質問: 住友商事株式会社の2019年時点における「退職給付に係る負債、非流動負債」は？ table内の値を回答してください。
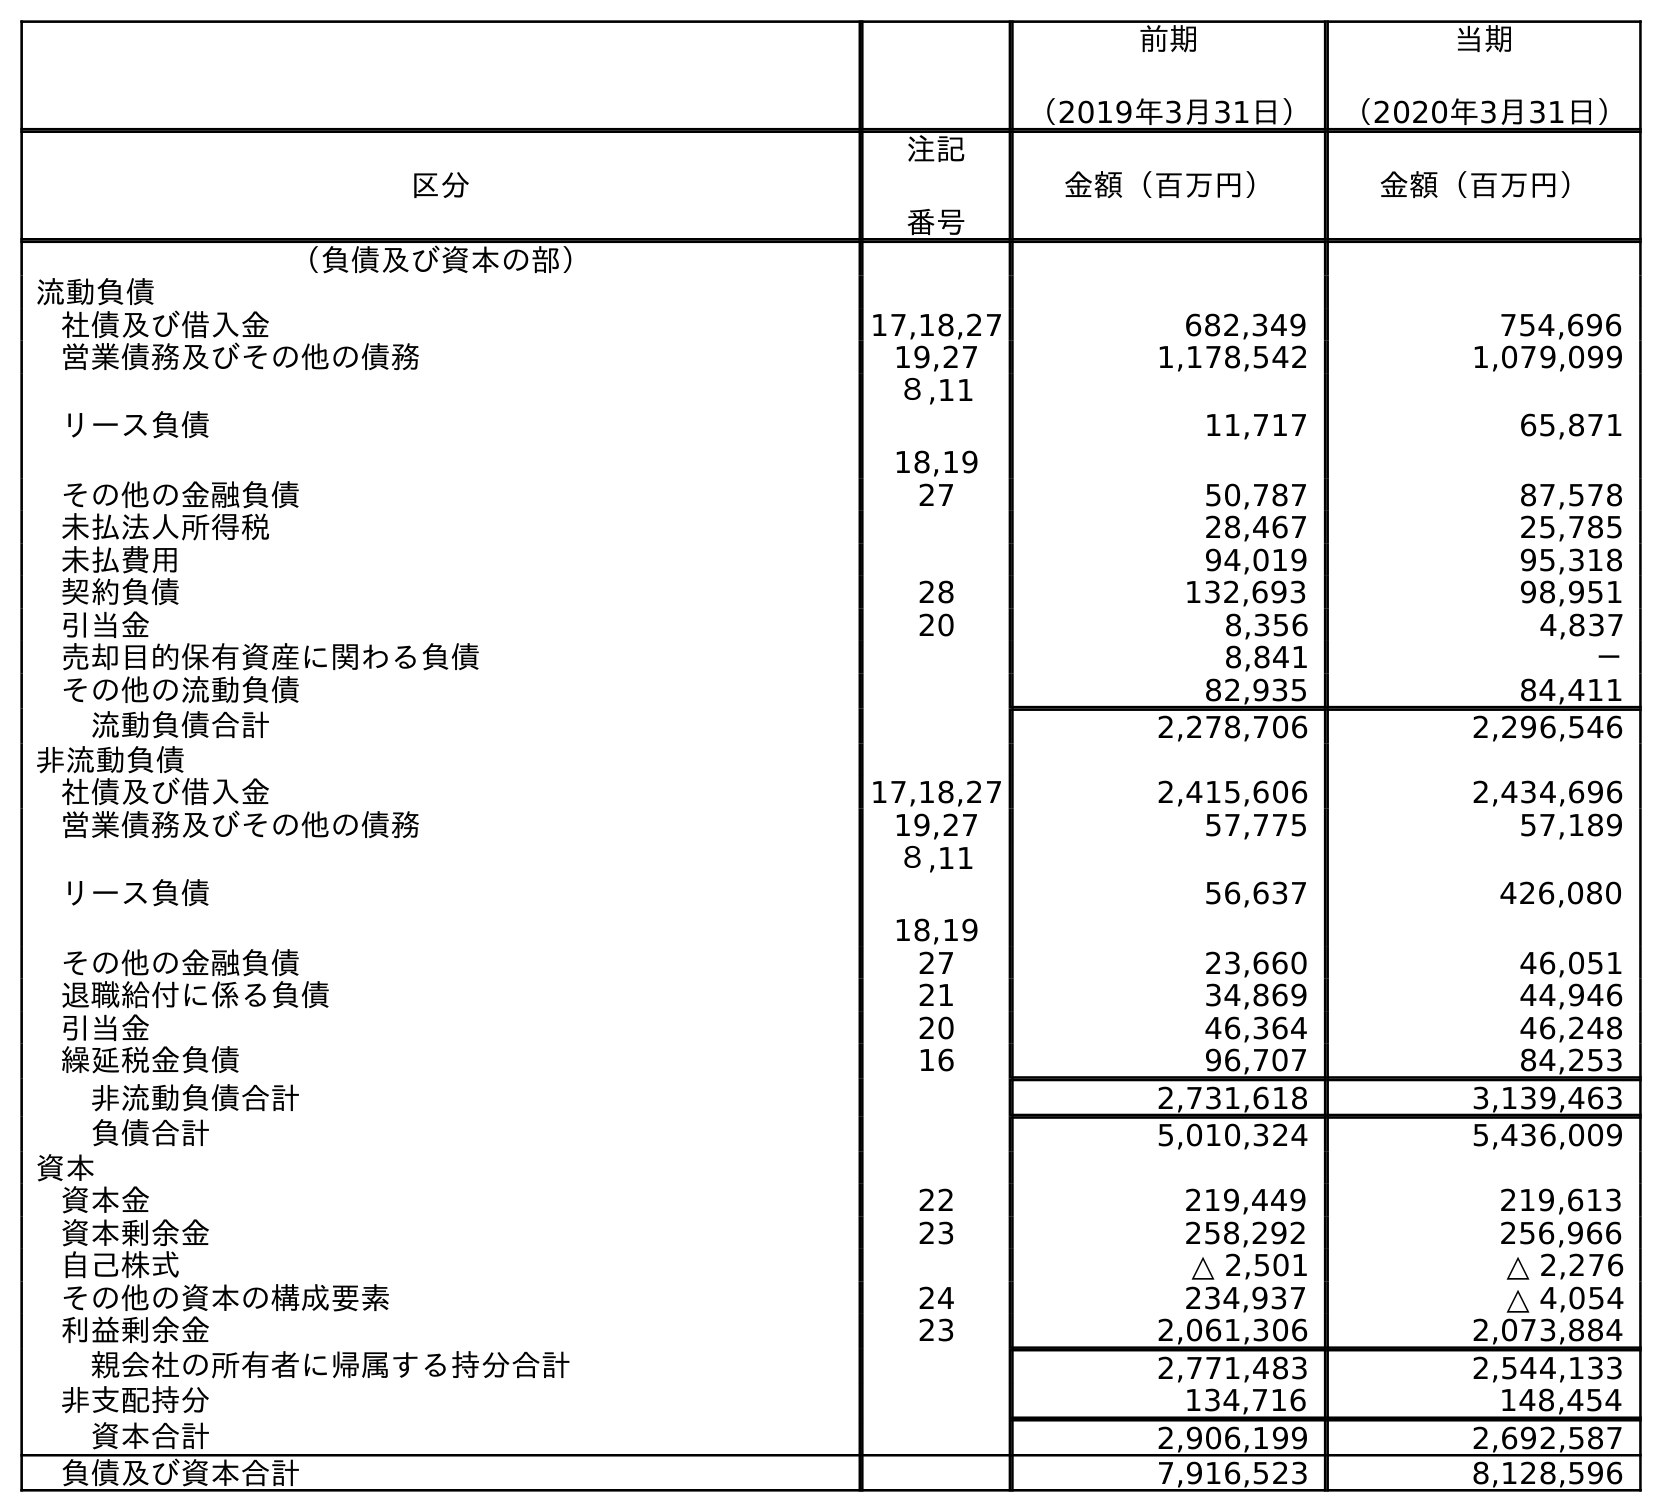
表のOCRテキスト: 前期 （2019年3月31日） 当期 （2020年3月31日） 区分 注記 番号 金額（百万円） 金額（百万円） （負債及び資本の部） 流動負債 社債及び借入金 17,18,27 682,349 754,696 営業債務及びその他の債務 19,27 1,178,542 1,079,099 リース負債 ８,11 18,19 11,717 65,871 その他の金融負債 27 50,787 87,578 未払法人所得税 28,467 25,785 未払費用 94,019 95,318 契約負債 28 132,693 98,951 引当金 20 8,356 4,837 売却目的保有資産に関わる負債 8,841 － その他の流動負債 82,935 84,411 流動負債合計 2,278,706 2,296,546 非流動負債 社債及び借入金 17,18,27 2,415,606 2,434,696 営業債務及びその他の債務 19,27 57,775 57,189 リース負債 ８,11 18,19 56,637 426,080 その他の金融負債 27 23,660 46,051 退職給付に係る負債 21 34,869 44,946 引当金 20 46,364 46,248 繰延税金負債 16 96,707 84,253 非流動負債合計 2,731,618 3,139,463 負債合計 5,010,324 5,436,009 資本 資本金 22 219,449 219,613 資本剰余金 23 258,292 256,966 自己株式 △ 2,501 △ 2,276 その他の資本の構成要素 24 234,937 △ 4,054 利益剰余金 23 2,061,306 2,073,884 親会社の所有者に帰属する持分合計 2,771,483 2,544,133 非支配持分 134,716 148,454 資本合計 2,906,199 2,692,587 負債及び資本合計 7,916,523 8,128,596
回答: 34,869